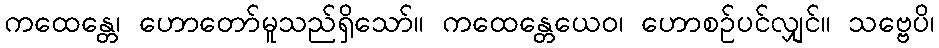
ကထေန္တေ၊ ဟောတော်မူသည်ရှိသော်။ ကထေန္တေယေဝ၊ ဟောစဉ်ပင်လျှင်။ သဗ္ဗေပိ၊